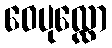
ဝေပုလ္လော